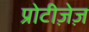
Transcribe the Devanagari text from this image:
प्रोटीज़ेज़